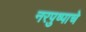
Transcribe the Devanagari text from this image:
नरपुष्पाचे